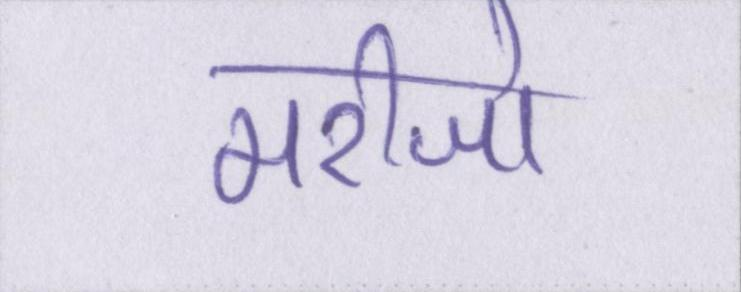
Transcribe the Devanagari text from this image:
मरीजो